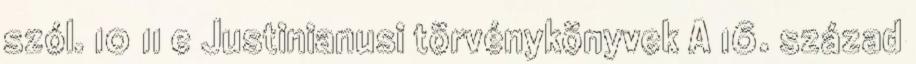
szól. 10 11 e Justinianusi törvénykönyvek A 16. század